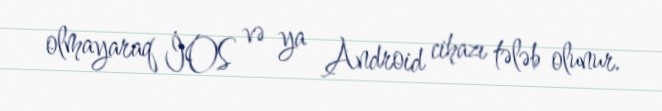
olmayaraq İOS və ya Android cihazı tələb olunur.